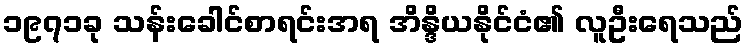
၁၉၇၁ခု သန်းခေါင်စာရင်းအရ အိန္ဒိယနိုင်ငံ၏ လူဦးရေသည်